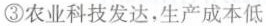
③农业科技发达，生产成本低